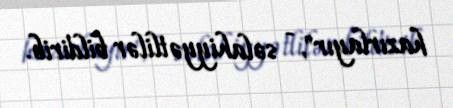
hazırlayır", - səlahiyyətlilər bildirib.